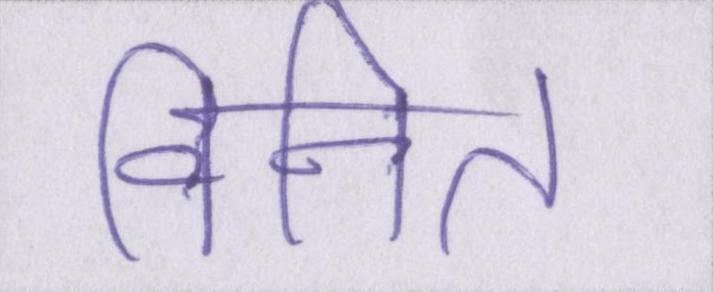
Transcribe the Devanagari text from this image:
विनित